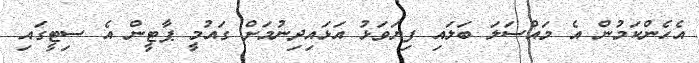
އެހެންކަމުން އެ މައްސަލަ ބަލައި ފިޔަވަޅު އަޅައިދިނުމަށް ގައުމީ ޕާޓީން އެ ސިޓީގައި